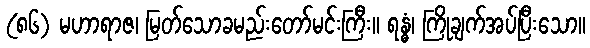
(၈၆) မဟာရာဇ၊ မြတ်သောခမည်းတော်မင်းကြီး။ ရန္ဓံ၊ ကြိုချက်အပ်ပြီးသော။